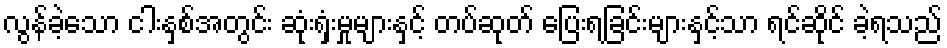
လွန်ခဲ့သော ငါးနှစ်အတွင်း ဆုံးရှံးမှုများနှင့် တပ်ဆုတ် ပြေးရခြင်းများနှင့်သာ ရင်ဆိုင် ခဲ့ရသည်